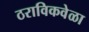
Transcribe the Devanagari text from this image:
ठराविकवेळा